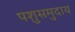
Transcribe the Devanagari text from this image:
पशुसमुदाय